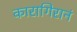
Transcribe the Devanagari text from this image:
कारागिरानं